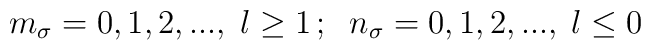
m_{\sigma }=0,1,2,...,\;l\geq 1\,;\;\;n_{\sigma }=0,1,2,...,\;l\leq 0